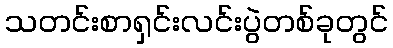
သတင်းစာရှင်းလင်းပွဲတစ်ခုတွင်